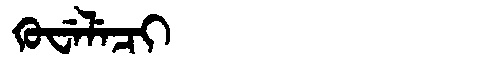
Manchu: ᡴᡠᠸᡝᠯᡝᠴᡳ
Romanization: KUWELECI